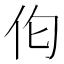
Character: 𪜪